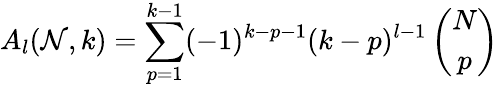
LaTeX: A_{l}(\mathcal{N},k)=\sum_{p=1}^{k-1}(-1)^{k-p-1}(k-p)^{l-1}\left(\begin{array}{c}{{N}}\\ {{p}}\end{array}\right)